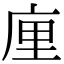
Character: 㢆